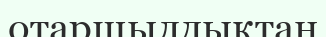
отаршылдықтан